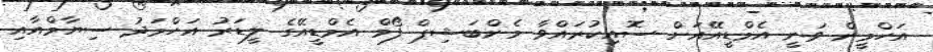
އަހްމީން ވަނީ އެމްޑީއޭއަށް ސޮއިކުރައްވާ މެންބަޝިޕް ފޯމް އެމްޑީއޭގެ ލީޑަރު އަހްމަދު ސިޔާމްއާއި